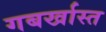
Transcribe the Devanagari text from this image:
गबर्खास्‍त